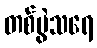
တစ်ပွဲသရေ